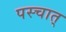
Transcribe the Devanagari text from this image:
पस्चात्